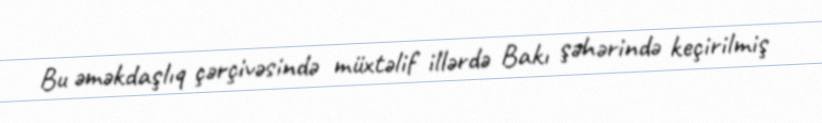
Bu əməkdaşlıq çərçivəsində müxtəlif illərdə Bakı şəhərində keçirilmiş